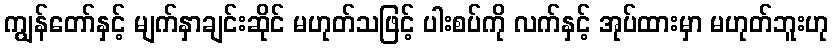
ကျွန်တော်နှင့် မျက်နှာချင်းဆိုင် မဟုတ်သဖြင့် ပါးစပ်ကို လက်နှင့် အုပ်ထားမှာ မဟုတ်ဘူးဟု